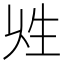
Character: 𤯖